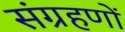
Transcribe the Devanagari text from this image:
संग्रहणों